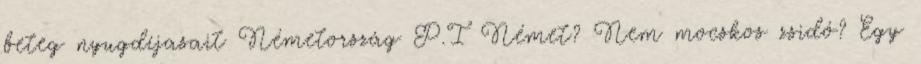
beteg nyugdíjasait Németország P.I Német? Nem mocskos zsidó? Egy